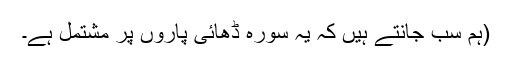
(ہم سب جانتے ہیں کہ یہ سورہ ڈھائی پاروں پر مشتمل ہے۔